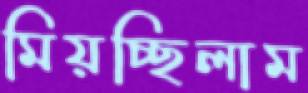
মিয়চ্ছিলাম